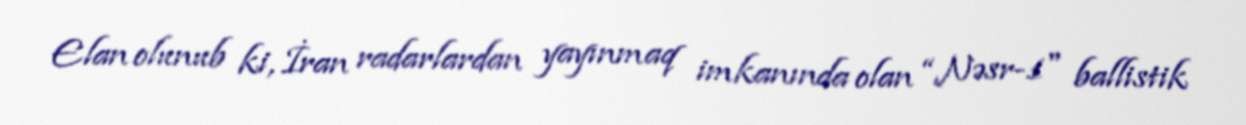
Elan olunub ki, İran radarlardan yayınmaq imkanında olan “Nəsr-1" ballistik